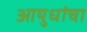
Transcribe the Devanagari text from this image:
आयुधांचा